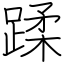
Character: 蹂